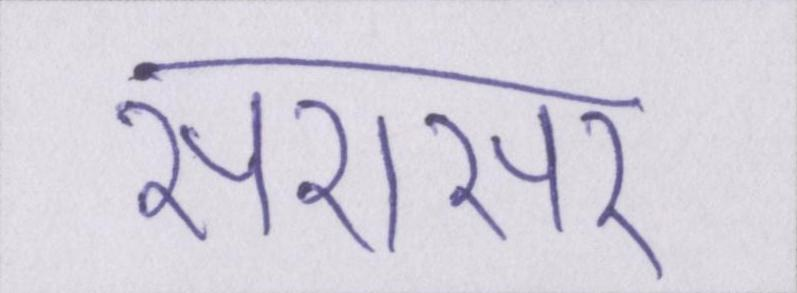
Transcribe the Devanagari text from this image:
सरासर